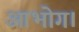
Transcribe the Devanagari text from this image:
आभोग।